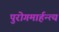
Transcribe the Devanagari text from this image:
पुरोगमार्हन्त्य